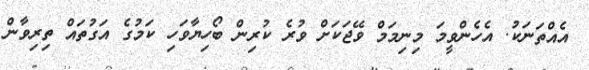
އެއްތަނަކު. އެހެންވީމަ މިނިމަމް ވޭޖަކަށް ވުރެ ކުރިން ބޯހިޔާވަހި ކަމުގެ އަގުތައް ތިރިވާން